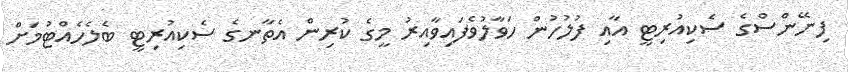
ފިނޭންސްގެ ސެކިއުރިޓީ އާއި ފުލުހުން ހަވާލުވެފައިވާއިރު މީގެ ކުރިން އެތާނގެ ސެކިއުރިޓީ ބެލެހެއްޓުމަށް